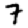
Digit: 7